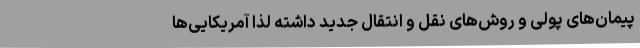
پیمان‌های پولی و روش‌های نقل و انتقال جدید داشته لذا آمریکایی‌ها